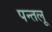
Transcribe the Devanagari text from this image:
पन्तलू